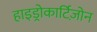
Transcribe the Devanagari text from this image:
हाइड्रोकार्टिज़ोन